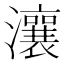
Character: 瀼